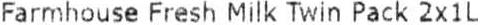
FARMHOUSE FRESH MILK TWIN PACK 2X1L